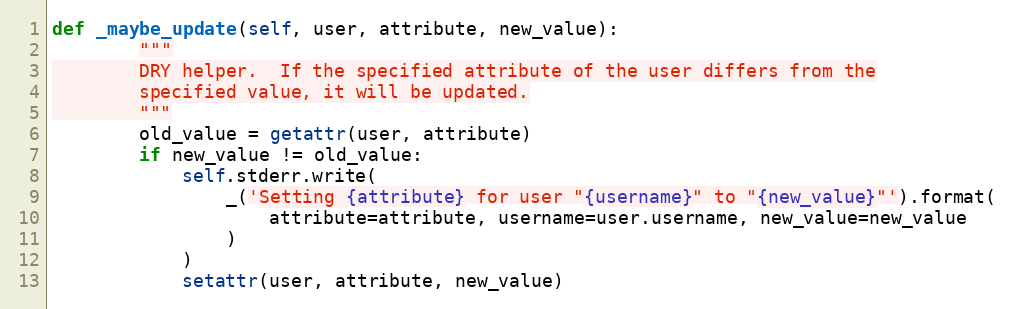
Language: Python
def _maybe_update(self, user, attribute, new_value):
        """
        DRY helper.  If the specified attribute of the user differs from the
        specified value, it will be updated.
        """
        old_value = getattr(user, attribute)
        if new_value != old_value:
            self.stderr.write(
                _('Setting {attribute} for user "{username}" to "{new_value}"').format(
                    attribute=attribute, username=user.username, new_value=new_value
                )
            )
            setattr(user, attribute, new_value)